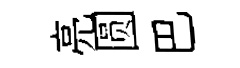
亮圆巴